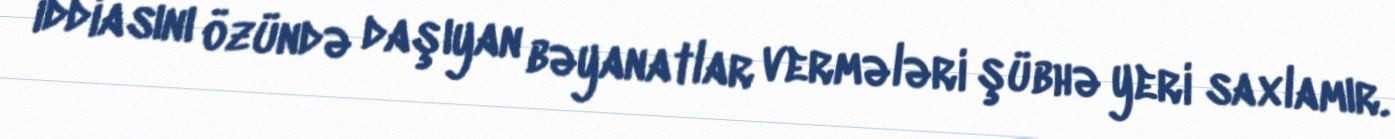
iddiasını özündə daşıyan bəyanatlar vermələri şübhə yeri saxlamır.